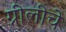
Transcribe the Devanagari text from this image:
ग्रीलीचे